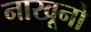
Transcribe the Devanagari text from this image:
नाखूनो